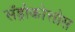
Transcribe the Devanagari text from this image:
सँड्रोकोत्तोस